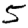
Digit: 5